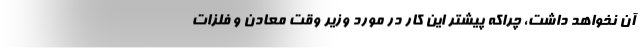
آن نخواهد داشت، چراکه پیشتر این کار در مورد وزیر وقت معادن و فلزات